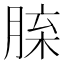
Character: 𦜈